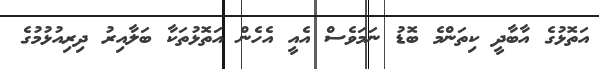
އަތޮޅުގެ އާބާދީ ކިތަންމެ ބޮޑު ނަމަވެސް އެއީ އެހެން އަތޮޅުތަކާ ބަލާއިރު ދިރިއުޅުމުގެ